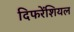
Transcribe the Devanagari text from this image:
दिफरेंशियल